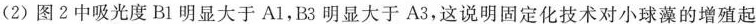
(2)图2中吸光度B1明显大于A1，B3明显大于A3，这说明固定化技术对小球藻的增殖起